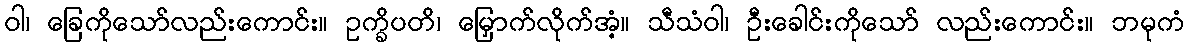
ဝါ၊ ခြေကိုသော်လည်းကောင်း။ ဥက္ခိပတိ၊ မြှောက်လိုက်အံ့။ သီသံဝါ၊ ဦးခေါင်းကိုသော် လည်းကောင်း။ ဘမုကံ